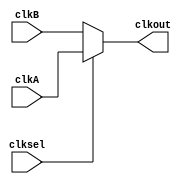
module clock_gate
  (
  clkA,
  clkB,
  clksel,
  clkout
  );

input  clkA;
input  clkB;
input  clksel;
output clkout;

assign clkout = clksel ? clkA : clkB;

endmodule